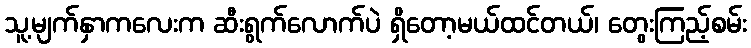
သူ့မျက်နှာကလေးက ဆီးရွက်လောက်ပဲ ရှိတော့မယ်ထင်တယ်၊ တွေးကြည့်စမ်း